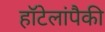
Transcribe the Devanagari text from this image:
हॉटेलांपैकी